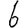
Digit: 6